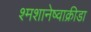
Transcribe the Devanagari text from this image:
श्मशानेष्वाक्रीडा